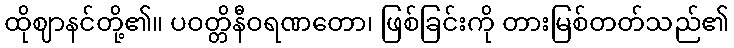
ထိုဈာနင်တို့၏။ ပဝတ္တိနီဝရဏတော၊ ဖြစ်ခြင်းကို တားမြစ်တတ်သည်၏